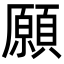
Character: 願